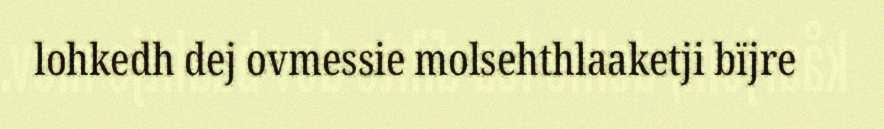
lohkedh dej ovmessie molsehthlaaketji bïjre